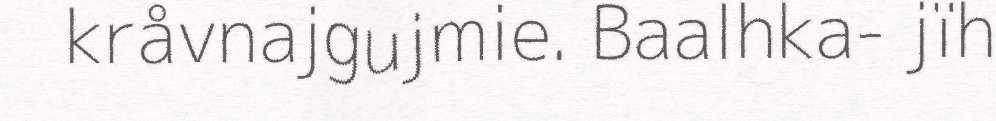
kråvnajgujmie. Baalhka- jïh